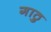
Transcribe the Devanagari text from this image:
गाठु